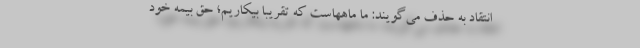
انتقاد به حذف می‌گویند: ما ماههاست که تقریباً بیکاریم؛ حق بیمه خود